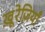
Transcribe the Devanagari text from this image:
खू़रेज़ियाँ